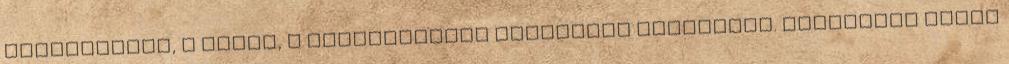
állapotáról, s ennek, a környezetére gyakorolt hatásáról. Kiemelném ezzel